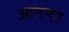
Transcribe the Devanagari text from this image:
आनन्दा